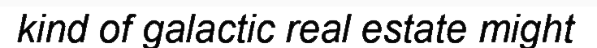
kind of galactic real estate might